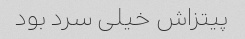
پیتزاش خیلی سرد بود